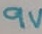
Text: 9V